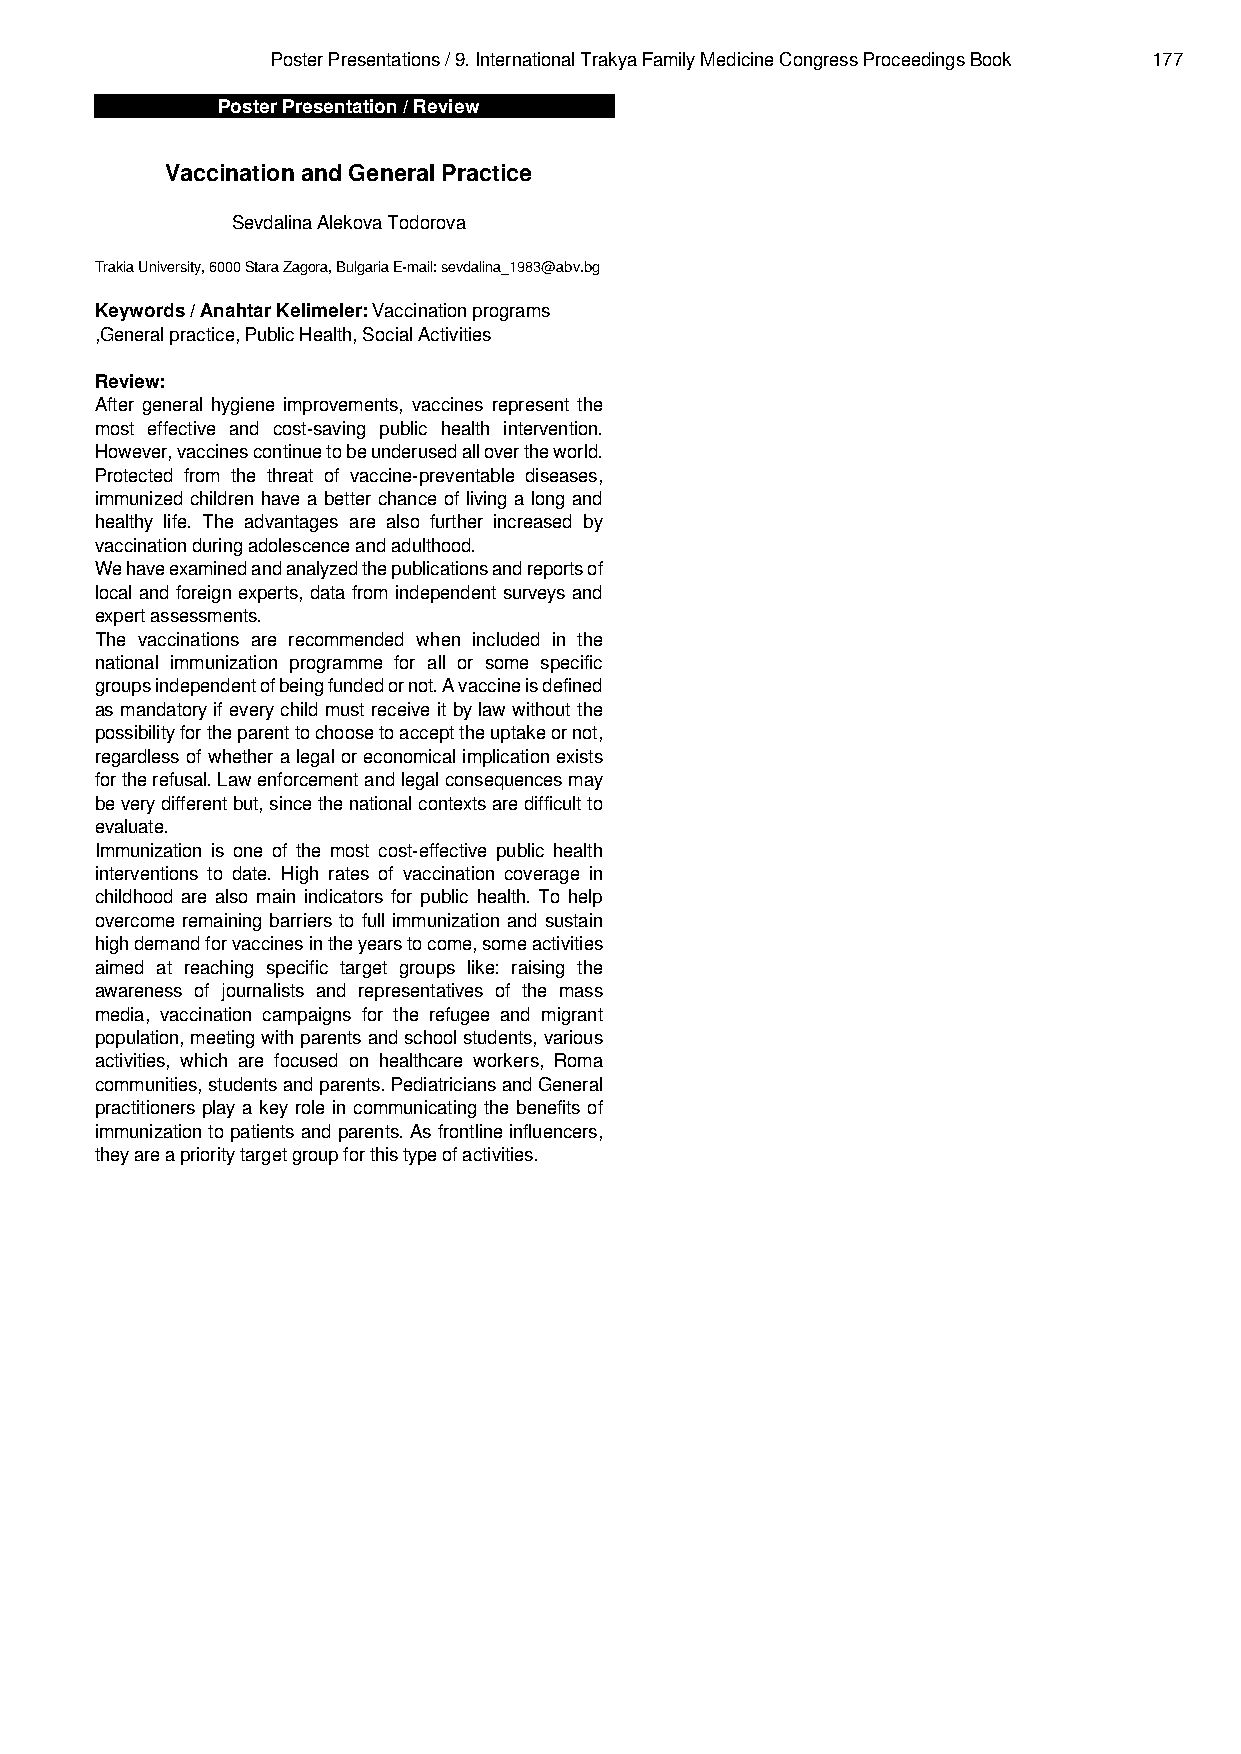
Poster Presentations / 9. International Trakya Family Medicine Congress Proceedings Book 177
 Poster Presentation / Review
 Vaccination and General Practice
 Sevdalina Alekova Todorova
 Trakia University, 6000 Stara Zagora, Bulgaria E-mail: sevdalina_1983@abv.bg
 Keywords / Anahtar Kelimeler: Vaccination programs
 ,General practice, Public Health, Social Activities
 Review:
 After general hygiene improvements, vaccines represent the
 most effective and cost-saving public health intervention.
 However,vaccinescontinuetobeunderusedallovertheworld.
 Protected from the threat of vaccine-preventable diseases,
 immunized children have a better chance of living a long and
 healthy life. The advantages are also further increased by
 vaccination during adolescence and adulthood.
 Wehaveexaminedandanalyzedthepublicationsandreportsof
 local and foreign experts, data from independent surveys and
 expert assessments.
 The vaccinations are recommended when included in the
 national immunization programme for all or some specific
 groupsindependentofbeingfundedornot.Avaccineisdefined
 as mandatory if every child must receive it by law without the
 possibilityfortheparenttochoosetoaccepttheuptakeornot,
 regardlessofwhetheralegaloreconomicalimplicationexists
 fortherefusal.Lawenforcementandlegalconsequencesmay
 beverydifferentbut,sincethenationalcontextsaredifficultto
 evaluate.
 Immunization is one of the most cost-effective public health
 interventions to date. High rates of vaccination coverage in
 childhood are also main indicators for public health. To help
 overcome remaining barriers to full immunization and sustain
 highdemandforvaccinesintheyearstocome,someactivities
 aimed at reaching specific target groups like: raising the
 awareness of journalists and representatives of the mass
 media, vaccination campaigns for the refugee and migrant
 population,meetingwithparentsandschoolstudents,various
 activities, which are focused on healthcare workers, Roma
 communities,studentsandparents.PediatriciansandGeneral
 practitioners play a key role in communicating the benefits of
 immunizationtopatientsandparents.Asfrontlineinfluencers,
 they are a priority target group for this type of activities.